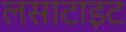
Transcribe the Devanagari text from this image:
लसाटाइट